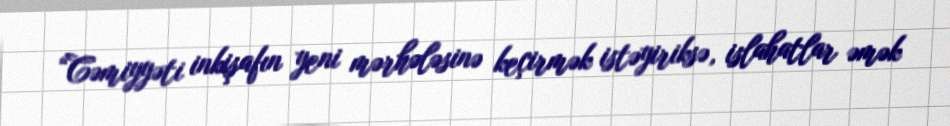
“Cəmiyyəti inkişafın yeni mərhələsinə keçirmək istəyiriksə, islahatlar əmək